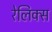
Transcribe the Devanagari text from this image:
रेलिक्स